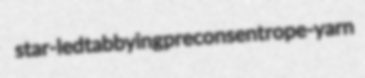
star-led tabbying preconsent rope-yarn